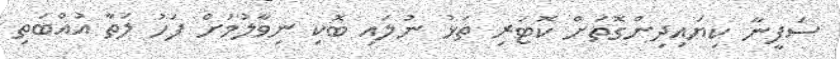
ސަފީނާ ކިޔައިދިންގޮތަށް ކޮޓަރި ތަޅު ނުލައި ބޮކި ނިވާލުމަށް ފަހު ލަތާ އުއްބަތި